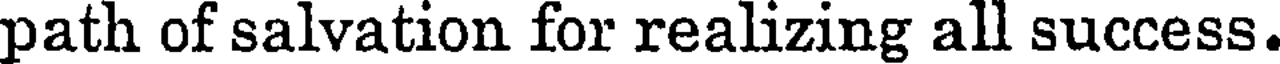
path of salvation for realizing all success.